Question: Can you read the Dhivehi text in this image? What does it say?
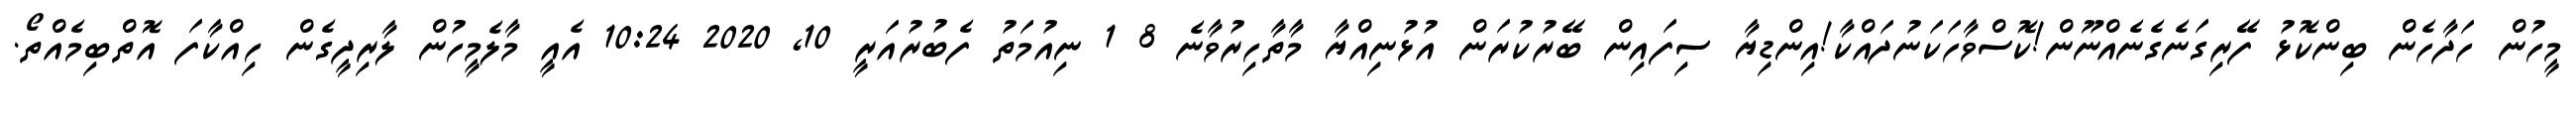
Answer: މީހުން ހަދާހެން ބިންކޮޅު ފޭރިގަނެގެނެއްނޫން!ކޮސްވާހަކަނުދައްކާ!އިންޑިޔާ ސިފައިން ބޭރުކުރަން އުޅުނިއްޔާ މާތާހިރުވާނެ 8 1 ނިއުމަތު ފެބުރުއަރީ 10, 2020 10:24 އެއީ މާލެމީހުން ލާރިދީގެން ހިއްކާފަ އޮތްބިމެއްތޯ.